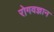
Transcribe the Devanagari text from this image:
रोगवज्ञान